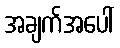
အချက်အပေါ်